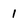
Character: 1